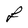
Character: F